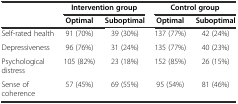
| <ROWSPAN=2>  | <COLSPAN=2> Intervention group | <COLSPAN=2> Control group |
 | Optimal | Suboptimal | Optimal | Suboptimal |
 | --- | --- | --- | --- | --- |
 | Self-rated health | 91 (70%) | 39 (30%) | 137 (77%) | 42 (24%) |
 | Depressiveness | 96 (76%) | 31 (24%) | 135 (77%) | 40 (23%) |
 | Psychological distress | 105 (82%) | 23 (18%) | 152 (85%) | 26 (15%) |
 | Sense of coherence | 57 (45%) | 69 (55%) | 95 (54%) | 81 (46%) |